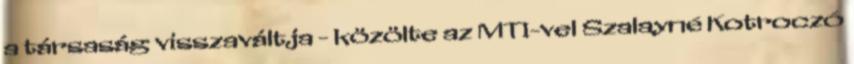
a társaság visszaváltja - közölte az MTI-vel Szalayné Kotroczó